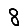
Digit: 8